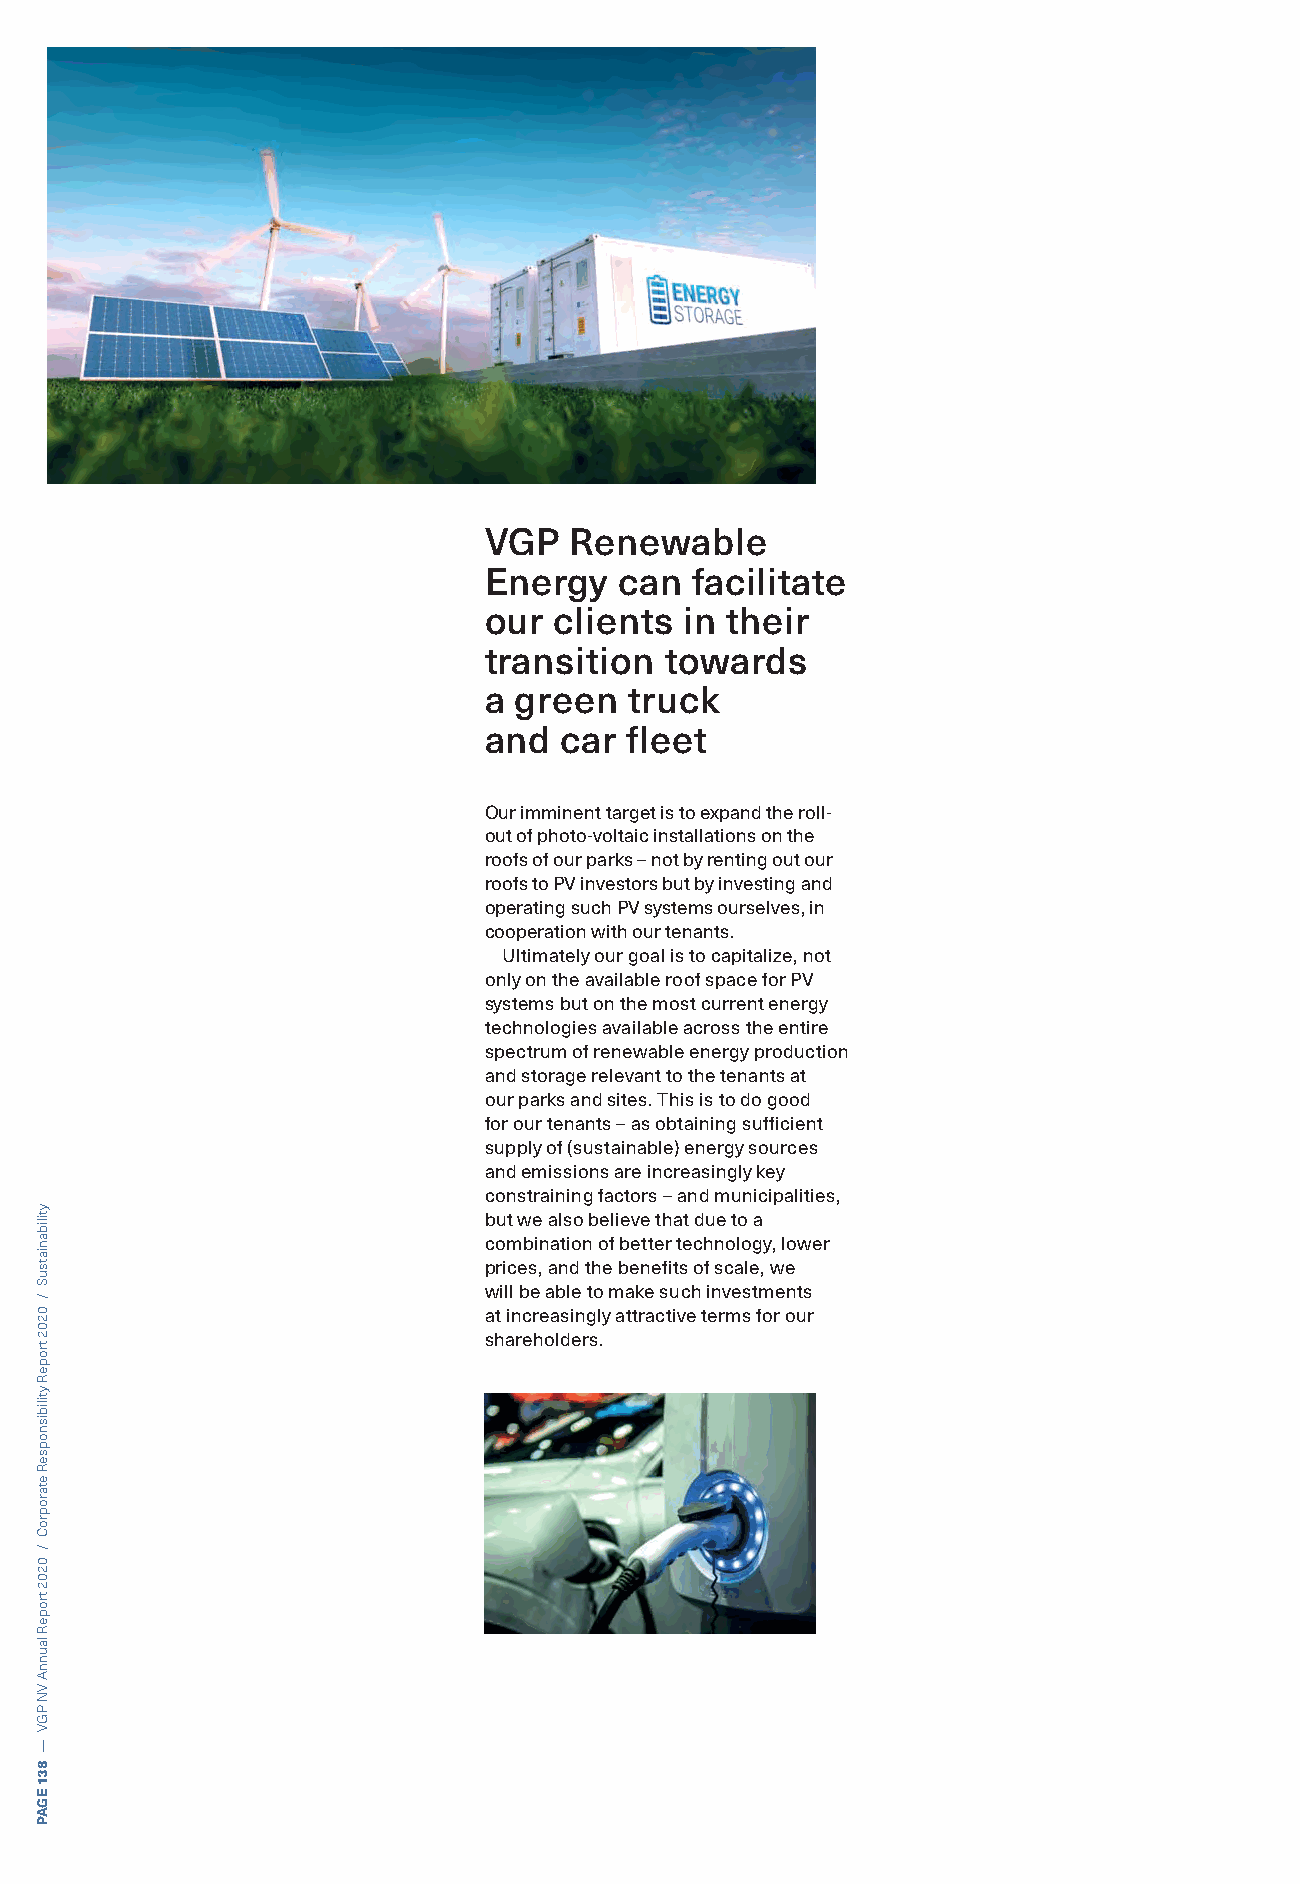
VGP   Renewable
 Energy   can  facilitate
 our  clients in their
 transition  towards
 a green   truck
 and  car fleet
 Our imminent target is to expand the roll-
 out of photo-voltaic installations on the
 roofs of our parks – not by renting out our
 roofs to PV investors but by investing and
 operating such PV systems ourselves, in
 cooperation with our tenants.
 Ultimately our goal is to capitalize, not
 only on the available roof space for PV
 systems but on the most current energy
 technologies available across the entire
 spectrum of renewable energy production
 and storage relevant to the tenants at
 our parks and sites. This is to do good
 for our tenants – as obtaining sufficient
 supply of (sustainable) energy sources
 and emissions are increasingly key
 constraining factors – and municipalities,
 but we also believe that due to a
 combination of better technology, lower
 prices, and the benefits of scale, we
 will be able to make such investments
 at increasingly attractive terms for our
 shareholders.
 ytilibaniatsuS
 /
 0202
 tropeR
 ytilibisnopseR
 etaroproC
 /
 0202
 tropeR
 launnA
 VN
 PGV
 —
 831
 EGAP